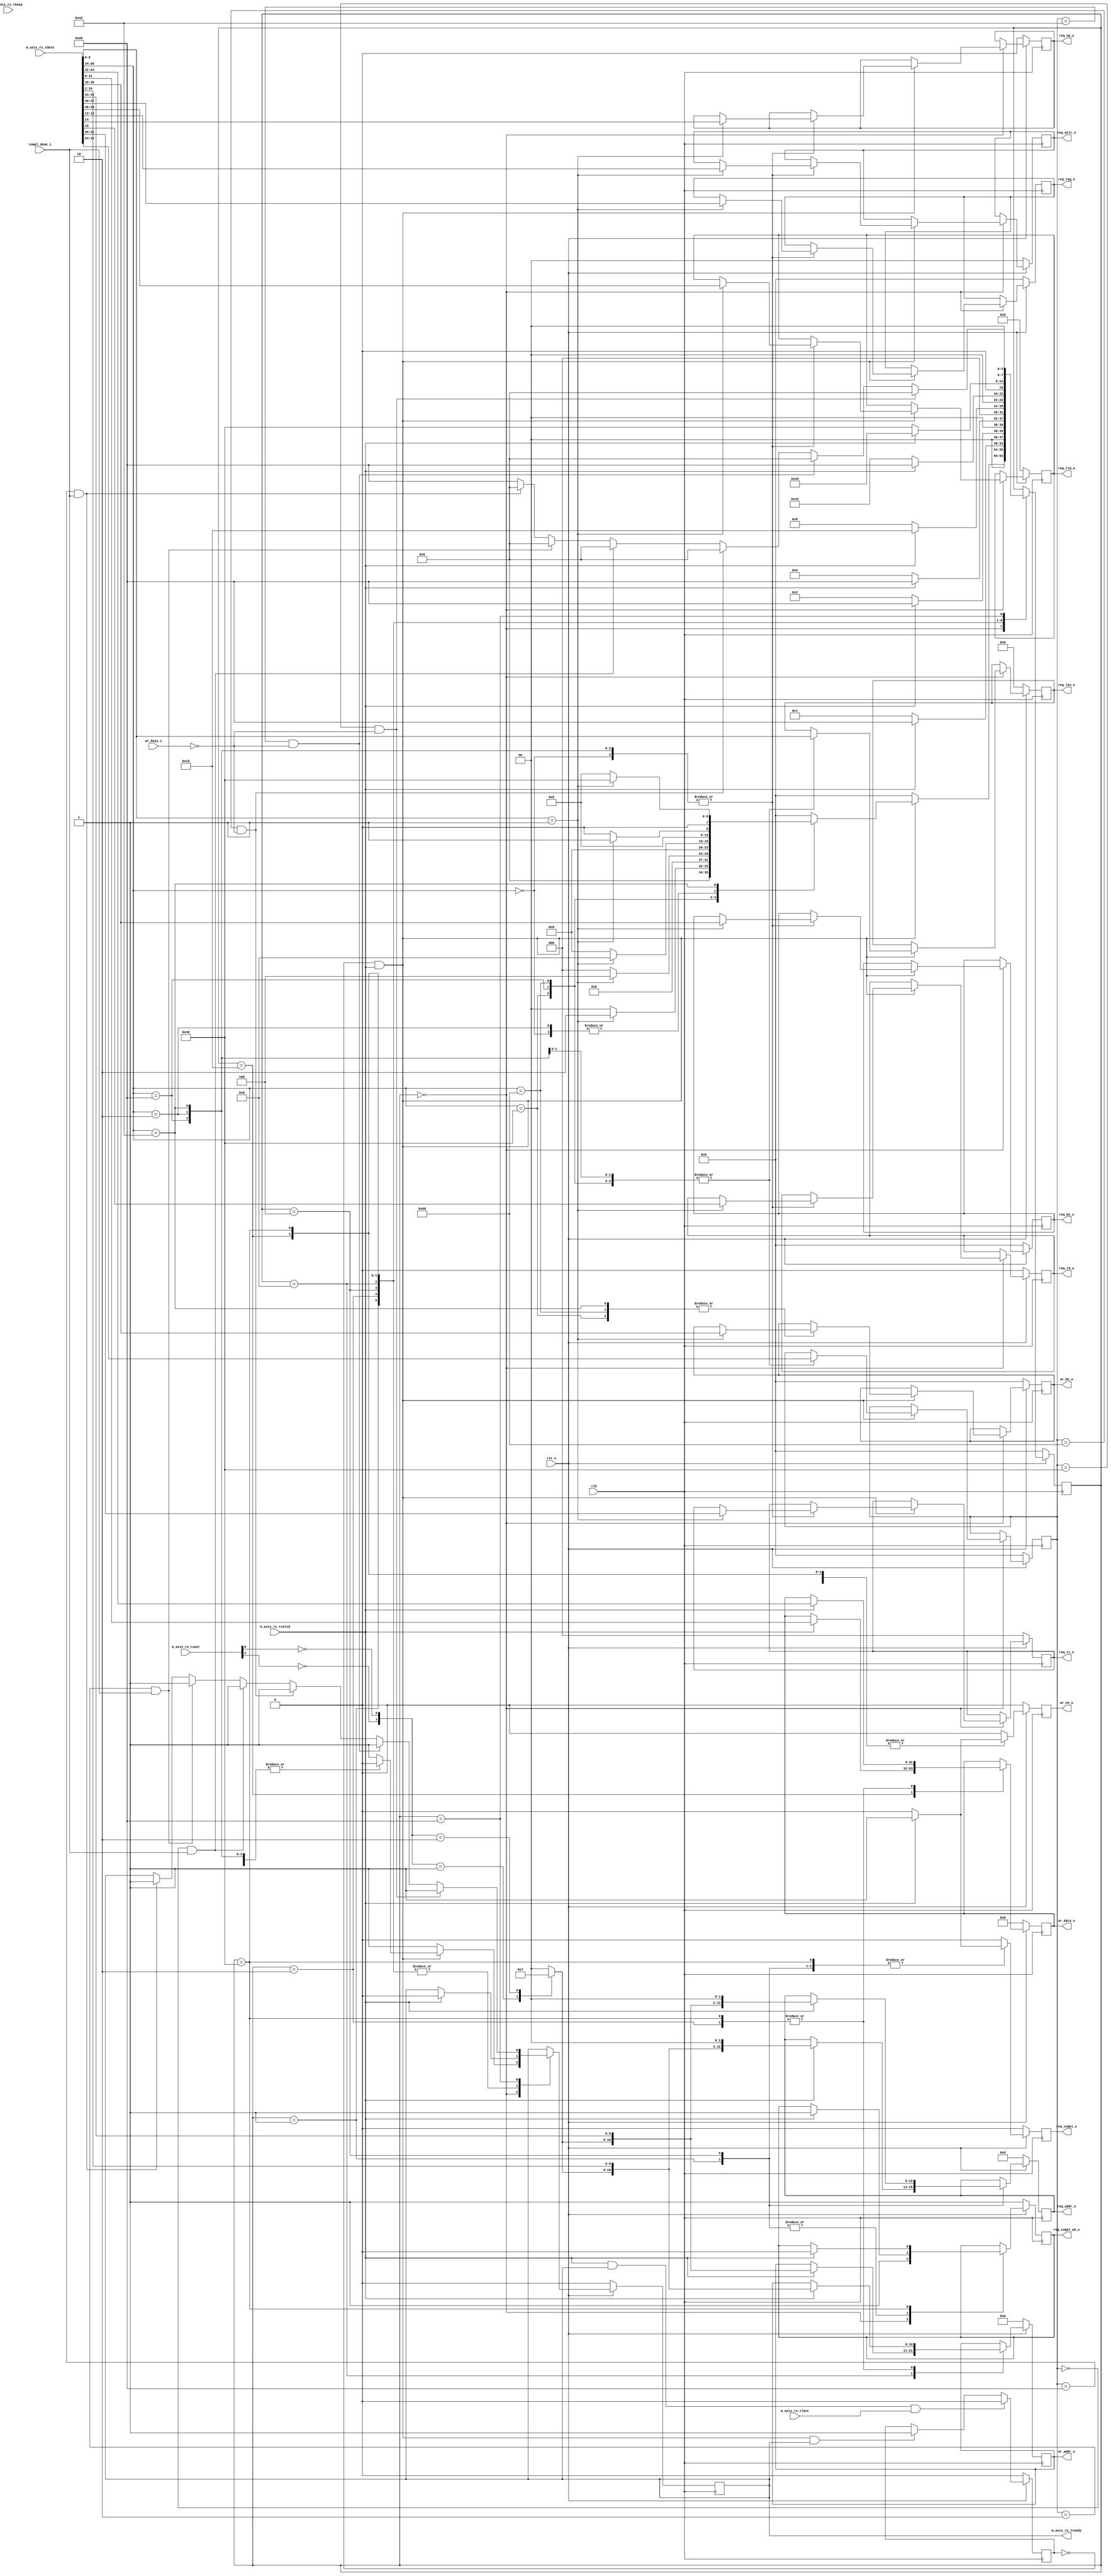
//-----------------------------------------------------------------------------
//
// (c) Copyright 2009-2011 Xilinx, Inc. All rights reserved.
//
// This file contains confidential and proprietary information
// of Xilinx, Inc. and is protected under U.S. and
// international copyright and other intellectual property
// laws.
//
// DISCLAIMER
// This disclaimer is not a license and does not grant any
// rights to the materials distributed herewith. Except as
// otherwise provided in a valid license issued to you by
// Xilinx, and to the maximum extent permitted by applicable
// law: (1) THESE MATERIALS ARE MADE AVAILABLE "AS IS" AND
// WITH ALL FAULTS, AND XILINX HEREBY DISCLAIMS ALL WARRANTIES
// AND CONDITIONS, EXPRESS, IMPLIED, OR STATUTORY, INCLUDING
// BUT NOT LIMITED TO WARRANTIES OF MERCHANTABILITY, NON-
// INFRINGEMENT, OR FITNESS FOR ANY PARTICULAR PURPOSE; and
// (2) Xilinx shall not be liable (whether in contract or tort,
// including negligence, or under any other theory of
// liability) for any loss or damage of any kind or nature
// related to, arising under or in connection with these
// materials, including for any direct, or any indirect,
// special, incidental, or consequential loss or damage
// (including loss of data, profits, goodwill, or any type of
// loss or damage suffered as a result of any action brought
// by a third party) even if such damage or loss was
// reasonably foreseeable or Xilinx had been advised of the
// possibility of the same.
//
// CRITICAL APPLICATIONS
// Xilinx products are not designed or intended to be fail-
// safe, or for use in any application requiring fail-safe
// performance, such as life-support or safety devices or
// systems, Class III medical devices, nuclear facilities,
// applications related to the deployment of airbags, or any
// other applications that could lead to death, personal
// injury, or severe property or environmental damage
// (individually and collectively, "Critical
// Applications"). Customer assumes the sole risk and
// liability of any use of Xilinx products in Critical
// Applications, subject only to applicable laws and
// regulations governing limitations on product liability.
//
// THIS COPYRIGHT NOTICE AND DISCLAIMER MUST BE RETAINED AS
// PART OF THIS FILE AT ALL TIMES.
//
//-----------------------------------------------------------------------------
// Project    : Virtex-6 Integrated Block for PCI Express
// Version    : 2.4
//--
//-- Description: 64 bit Local-Link Receive Unit.
//--
//--------------------------------------------------------------------------------

`timescale 1ns/1ns


module PIO_64_RX_ENGINE  #(
  parameter TCQ = 1,
  parameter C_DATA_WIDTH = 64,            // RX/TX interface data width

  // Do not override parameters below this line
  parameter KEEP_WIDTH = C_DATA_WIDTH / 8               // KEEP width
) (
  input                         clk,
  input                         rst_n,

  // AXI-S
  input  [C_DATA_WIDTH-1:0]     m_axis_rx_tdata,
  input  [KEEP_WIDTH-1:0]       m_axis_rx_tkeep,
  input                         m_axis_rx_tlast,
  input                         m_axis_rx_tvalid,
  output reg                    m_axis_rx_tready,
  input    [21:0]               m_axis_rx_tuser,

  /*
   * Memory Read data handshake with Completion
   * transmit unit. Transmit unit reponds to
   * req_compl assertion and responds with compl_done
   * assertion when a Completion w/ data is transmitted.
   */

  output reg         req_compl_o,
  output reg         req_compl_wd_o,
  input              compl_done_i,

  output reg [2:0]   req_tc_o,                        // Memory Read TC
  output reg         req_td_o,                        // Memory Read TD
  output reg         req_ep_o,                        // Memory Read EP
  output reg [1:0]   req_attr_o,                      // Memory Read Attribute
  output reg [9:0]   req_len_o,                       // Memory Read Length (1DW)
  output reg [15:0]  req_rid_o,                       // Memory Read Requestor ID
  output reg [7:0]   req_tag_o,                       // Memory Read Tag
  output reg [7:0]   req_be_o,                        // Memory Read Byte Enables
  output reg [12:0]  req_addr_o,                      // Memory Read Address

  /*
  * Memory interface used to save 1 DW data received
  * on Memory Write 32 TLP. Data extracted from
  * inbound TLP is presented to the Endpoint memory
  * unit. Endpoint memory unit reacts to wr_en_o
  * assertion and asserts wr_busy_i when it is
  * processing written information.
  */

  output reg [10:0]  wr_addr_o,                       // Memory Write Address
  output reg [7:0]   wr_be_o,                         // Memory Write Byte Enable
  output reg [31:0]  wr_data_o,                       // Memory Write Data
  output reg         wr_en_o,                         // Memory Write Enable
  input              wr_busy_i                        // Memory Write Busy
);

localparam PIO_64_RX_MEM_RD32_FMT_TYPE = 7'b00_00000;
localparam PIO_64_RX_MEM_WR32_FMT_TYPE = 7'b10_00000;
localparam PIO_64_RX_MEM_RD64_FMT_TYPE = 7'b01_00000;
localparam PIO_64_RX_MEM_WR64_FMT_TYPE = 7'b11_00000;
localparam PIO_64_RX_IO_RD32_FMT_TYPE  = 7'b00_00010;
localparam PIO_64_RX_IO_WR32_FMT_TYPE  = 7'b10_00010;

localparam PIO_64_RX_RST_STATE            = 8'b00000000;
localparam PIO_64_RX_MEM_RD32_DW1DW2      = 8'b00000001;
localparam PIO_64_RX_MEM_WR32_DW1DW2      = 8'b00000010;
localparam PIO_64_RX_MEM_RD64_DW1DW2      = 8'b00000100;
localparam PIO_64_RX_MEM_WR64_DW1DW2      = 8'b00001000;
localparam PIO_64_RX_MEM_WR64_DW3         = 8'b00010000;
localparam PIO_64_RX_WAIT_STATE           = 8'b00100000;
localparam PIO_64_RX_IO_WR_DW1DW2         = 8'b01000000;
localparam PIO_64_RX_IO_MEM_WR_WAIT_STATE = 8'b10000000;


    // Local Registers

    reg [7:0]          state;
    reg [7:0]          tlp_type;

    wire               io_bar_hit_n;
    wire               mem32_bar_hit_n;
    wire               mem64_bar_hit_n;
    wire               erom_bar_hit_n;

    reg [1:0]          region_select;

    wire               sop;                   // Start of packet
    reg                in_packet_q;

   // Generate a signal that indicates if we are currently receiving a packet.
   // This value is one clock cycle delayed from what is actually on the AXIS
   // data bus.
  always@(posedge clk)
    begin
      if(!rst_n)
        in_packet_q <= #   TCQ 1'b0;
      else if (m_axis_rx_tvalid && m_axis_rx_tready && m_axis_rx_tlast)
        in_packet_q <= #   TCQ 1'b0;
      else if (sop && m_axis_rx_tready)
        in_packet_q <= #   TCQ 1'b1;

    end

  assign sop = !in_packet_q && m_axis_rx_tvalid;

    always @ ( posedge clk ) begin

        if (!rst_n ) begin

          m_axis_rx_tready <= #TCQ 1'b0;

          req_compl_o    <= #TCQ 1'b0;
          req_compl_wd_o <= #TCQ 1'b1;

          req_tc_o       <= #TCQ 3'b0;
          req_td_o       <= #TCQ 1'b0;
          req_ep_o       <= #TCQ 1'b0;
          req_attr_o     <= #TCQ 2'b0;
          req_len_o      <= #TCQ 10'b0;
          req_rid_o      <= #TCQ 16'b0;
          req_tag_o      <= #TCQ 8'b0;
          req_be_o       <= #TCQ 8'b0;
          req_addr_o     <= #TCQ 13'b0;

          wr_be_o        <= #TCQ 8'b0;
          wr_addr_o      <= #TCQ 11'b0;
          wr_data_o      <= #TCQ 32'b0;
          wr_en_o        <= #TCQ 1'b0;

          state          <= #TCQ PIO_64_RX_RST_STATE;
          tlp_type       <= #TCQ 8'b0;

        end else begin

          wr_en_o        <= #TCQ 1'b0;
          req_compl_o    <= #TCQ 1'b0;

          case (state)

            PIO_64_RX_RST_STATE : begin

              m_axis_rx_tready <= #TCQ 1'b1;
              req_compl_wd_o   <= #TCQ 1'b1;


              if (sop) begin

                case (m_axis_rx_tdata[30:24])

                  PIO_64_RX_MEM_RD32_FMT_TYPE : begin

                    tlp_type     <= #TCQ m_axis_rx_tdata[31:24];
                    req_len_o    <= #TCQ m_axis_rx_tdata[9:0];
                    m_axis_rx_tready <= #TCQ 1'b0;


                    if (m_axis_rx_tdata[9:0] == 10'b1) begin

                      req_tc_o     <= #TCQ m_axis_rx_tdata[22:20];
                      req_td_o     <= #TCQ m_axis_rx_tdata[15];
                      req_ep_o     <= #TCQ m_axis_rx_tdata[14];
                      req_attr_o   <= #TCQ m_axis_rx_tdata[13:12];
                      req_len_o    <= #TCQ m_axis_rx_tdata[9:0];
                      req_rid_o    <= #TCQ m_axis_rx_tdata[63:48];
                      req_tag_o    <= #TCQ m_axis_rx_tdata[47:40];
                      req_be_o     <= #TCQ m_axis_rx_tdata[39:32];
                      state        <= #TCQ PIO_64_RX_MEM_RD32_DW1DW2;

                    end else begin

                      state        <= #TCQ PIO_64_RX_RST_STATE;

                    end

                  end

                  PIO_64_RX_MEM_WR32_FMT_TYPE : begin

                    tlp_type     <= #TCQ m_axis_rx_tdata[31:24];
                    req_len_o    <= #TCQ m_axis_rx_tdata[9:0];
                    m_axis_rx_tready <= #TCQ 1'b0;

                    if (m_axis_rx_tdata[9:0] == 10'b1) begin

                      wr_be_o      <= #TCQ m_axis_rx_tdata[39:32];
                      state        <= #TCQ PIO_64_RX_MEM_WR32_DW1DW2;

                    end else begin

                      state        <= #TCQ PIO_64_RX_RST_STATE;

                    end

                  end

                  PIO_64_RX_MEM_RD64_FMT_TYPE : begin

                    tlp_type     <= #TCQ m_axis_rx_tdata[31:24];
                    req_len_o    <= #TCQ m_axis_rx_tdata[9:0];
                    m_axis_rx_tready <= #TCQ 1'b0;


                    if (m_axis_rx_tdata[9:0] == 10'b1) begin

                      req_tc_o     <= #TCQ m_axis_rx_tdata[22:20];
                      req_td_o     <= #TCQ m_axis_rx_tdata[15];
                      req_ep_o     <= #TCQ m_axis_rx_tdata[14];
                      req_attr_o   <= #TCQ m_axis_rx_tdata[13:12];
                      req_len_o    <= #TCQ m_axis_rx_tdata[9:0];
                      req_rid_o    <= #TCQ m_axis_rx_tdata[63:48];
                      req_tag_o    <= #TCQ m_axis_rx_tdata[47:40];
                      req_be_o     <= #TCQ m_axis_rx_tdata[39:32];
                      state        <= #TCQ PIO_64_RX_MEM_RD64_DW1DW2;

                    end else begin

                      state        <= #TCQ PIO_64_RX_RST_STATE;

                    end

                  end

                  PIO_64_RX_MEM_WR64_FMT_TYPE : begin

                    tlp_type     <= #TCQ m_axis_rx_tdata[31:24];
                    req_len_o    <= #TCQ m_axis_rx_tdata[9:0];

                    if (m_axis_rx_tdata[9:0] == 10'b1) begin

                      wr_be_o      <= #TCQ m_axis_rx_tdata[39:32];
                      state        <= #TCQ PIO_64_RX_MEM_WR64_DW1DW2;

                    end else begin

                      state        <= #TCQ PIO_64_RX_RST_STATE;

                    end

                  end


                  PIO_64_RX_IO_RD32_FMT_TYPE : begin

                    tlp_type     <= #TCQ m_axis_rx_tdata[31:24];
                    req_len_o    <= #TCQ m_axis_rx_tdata[9:0];
                    m_axis_rx_tready <= #TCQ 1'b0;


                    if (m_axis_rx_tdata[9:0] == 10'b1) begin

                      req_tc_o     <= #TCQ m_axis_rx_tdata[22:20];
                      req_td_o     <= #TCQ m_axis_rx_tdata[15];
                      req_ep_o     <= #TCQ m_axis_rx_tdata[14];
                      req_attr_o   <= #TCQ m_axis_rx_tdata[13:12];
                      req_len_o    <= #TCQ m_axis_rx_tdata[9:0];
                      req_rid_o    <= #TCQ m_axis_rx_tdata[63:48];
                      req_tag_o    <= #TCQ m_axis_rx_tdata[47:40];
                      req_be_o     <= #TCQ m_axis_rx_tdata[39:32];
                      state        <= #TCQ PIO_64_RX_MEM_RD32_DW1DW2;

                    end else begin

                      state        <= #TCQ PIO_64_RX_RST_STATE;

                    end

                  end

                  PIO_64_RX_IO_WR32_FMT_TYPE : begin

                    tlp_type     <= #TCQ m_axis_rx_tdata[31:24];
                    req_len_o    <= #TCQ m_axis_rx_tdata[9:0];
                    m_axis_rx_tready <= #TCQ 1'b0;

                    if (m_axis_rx_tdata[9:0] == 10'b1) begin

                      req_tc_o     <= #TCQ m_axis_rx_tdata[22:20];
                      req_td_o     <= #TCQ m_axis_rx_tdata[15];
                      req_ep_o     <= #TCQ m_axis_rx_tdata[14];
                      req_attr_o   <= #TCQ m_axis_rx_tdata[13:12];
                      req_len_o    <= #TCQ m_axis_rx_tdata[9:0];
                      req_rid_o    <= #TCQ m_axis_rx_tdata[63:48];
                      req_tag_o    <= #TCQ m_axis_rx_tdata[47:40];
                      req_be_o     <= #TCQ m_axis_rx_tdata[39:32];
                      wr_be_o      <= #TCQ m_axis_rx_tdata[39:32];
                      state        <= #TCQ PIO_64_RX_IO_WR_DW1DW2;

                    end else begin

                      state        <= #TCQ PIO_64_RX_RST_STATE;

                    end

                  end


                  default : begin // other TLPs

                    state        <= #TCQ PIO_64_RX_RST_STATE;

                  end

                endcase

              end else
                state <= #TCQ PIO_64_RX_RST_STATE;

            end

            PIO_64_RX_MEM_RD32_DW1DW2 : begin

              if (m_axis_rx_tvalid) begin

                m_axis_rx_tready <= #TCQ 1'b0;
                req_addr_o   <= #TCQ {region_select[1:0],m_axis_rx_tdata[10:2], 2'b00};
                req_compl_o  <= #TCQ 1'b1;
                req_compl_wd_o <= #TCQ 1'b1;
                state        <= #TCQ PIO_64_RX_WAIT_STATE;

              end else
                state        <= #TCQ PIO_64_RX_MEM_RD32_DW1DW2;

            end


            PIO_64_RX_MEM_WR32_DW1DW2 : begin

              if (m_axis_rx_tvalid) begin

                wr_data_o      <= #TCQ m_axis_rx_tdata[63:32];
                wr_en_o        <= #TCQ 1'b1;
                m_axis_rx_tready <= #TCQ 1'b0;
                wr_addr_o      <= #TCQ {region_select[1:0],m_axis_rx_tdata[10:2]};
                state          <= #TCQ  PIO_64_RX_WAIT_STATE;

              end else
                state          <= #TCQ PIO_64_RX_MEM_WR32_DW1DW2;

            end


            PIO_64_RX_MEM_RD64_DW1DW2 : begin

              if (m_axis_rx_tvalid) begin

                req_addr_o   <= #TCQ {region_select[1:0],m_axis_rx_tdata[42:34], 2'b00};
                req_compl_o  <= #TCQ 1'b1;
                req_compl_wd_o <= #TCQ 1'b1;
                m_axis_rx_tready <= #TCQ 1'b0;
                state        <= #TCQ PIO_64_RX_WAIT_STATE;

              end else
                state        <= #TCQ PIO_64_RX_MEM_RD64_DW1DW2;

            end



            PIO_64_RX_MEM_WR64_DW1DW2 : begin

              if (m_axis_rx_tvalid) begin

                m_axis_rx_tready <= #TCQ 1'b0;
                wr_addr_o      <= #TCQ {region_select[1:0],m_axis_rx_tdata[42:34]};
                state          <= #TCQ  PIO_64_RX_MEM_WR64_DW3;

              end else
                state          <= #TCQ PIO_64_RX_MEM_WR64_DW1DW2;

            end


            PIO_64_RX_MEM_WR64_DW3 : begin

              if (m_axis_rx_tvalid) begin

                wr_data_o      <= #TCQ m_axis_rx_tdata[31:0];
                wr_en_o        <= #TCQ 1'b1;
                m_axis_rx_tready <= #TCQ 1'b0;
                state        <= #TCQ PIO_64_RX_WAIT_STATE;

              end else
                 state        <= #TCQ PIO_64_RX_MEM_WR64_DW3;

            end


            PIO_64_RX_IO_WR_DW1DW2 : begin

              if (m_axis_rx_tvalid) begin

                wr_data_o         <= #TCQ m_axis_rx_tdata[63:32];
                wr_en_o           <= #TCQ 1'b1;
                m_axis_rx_tready  <= #TCQ 1'b0;
                wr_addr_o         <= #TCQ {region_select[1:0],m_axis_rx_tdata[10:2]};
                req_compl_o       <= #TCQ 1'b1;
                req_compl_wd_o    <= #TCQ 1'b0;
                state             <= #TCQ  PIO_64_RX_WAIT_STATE;

              end else
                state             <= #TCQ PIO_64_RX_IO_WR_DW1DW2;
            end

            PIO_64_RX_WAIT_STATE : begin

              wr_en_o      <= #TCQ 1'b0;
              req_compl_o  <= #TCQ 1'b0;

              if ((tlp_type == PIO_64_RX_MEM_WR32_FMT_TYPE) &&
                  (!wr_busy_i)) begin

                m_axis_rx_tready <= #TCQ 1'b1;
                state        <= #TCQ PIO_64_RX_RST_STATE;

             end else if ((tlp_type == PIO_64_RX_IO_WR32_FMT_TYPE) &&
                  (!wr_busy_i)) begin

                m_axis_rx_tready <= #TCQ 1'b1;
                state        <= #TCQ PIO_64_RX_RST_STATE;

              end else if ((tlp_type == PIO_64_RX_MEM_WR64_FMT_TYPE) &&
                  (!wr_busy_i)) begin

                m_axis_rx_tready <= #TCQ 1'b1;
                state        <= #TCQ PIO_64_RX_RST_STATE;

              end else if ((tlp_type == PIO_64_RX_MEM_RD32_FMT_TYPE) &&
                           (compl_done_i)) begin

                m_axis_rx_tready <= #TCQ 1'b1;
                state        <= #TCQ PIO_64_RX_RST_STATE;

              end else if ((tlp_type == PIO_64_RX_IO_RD32_FMT_TYPE) &&
                           (compl_done_i)) begin

                m_axis_rx_tready <= #TCQ 1'b1;
                state        <= #TCQ PIO_64_RX_RST_STATE;

              end else if ((tlp_type == PIO_64_RX_MEM_RD64_FMT_TYPE) &&
                           (compl_done_i)) begin

                m_axis_rx_tready <= #TCQ 1'b1;
                state        <= #TCQ PIO_64_RX_RST_STATE;

              end else
                state        <= #TCQ PIO_64_RX_WAIT_STATE;

            end

          endcase

        end

    end

    assign mem64_bar_hit_n = 1'b1;
    assign io_bar_hit_n = 1'b1;
    assign mem32_bar_hit_n = ~m_axis_rx_tuser[2];
    assign erom_bar_hit_n  = !m_axis_rx_tuser[8];



  always @*
  begin
     case ({io_bar_hit_n, mem32_bar_hit_n, mem64_bar_hit_n, erom_bar_hit_n})

        4'b0111 : begin
             region_select <= #TCQ 2'b00;    // Select IO region
        end

        4'b1011 : begin
             region_select <= #TCQ 2'b01;    // Select Mem32 region
        end

        4'b1101 : begin
             region_select <= #TCQ 2'b10;    // Select Mem64 region
        end

        4'b1110 : begin
             region_select <= #TCQ 2'b11;    // Select EROM region
        end

        default : begin
             region_select <= #TCQ 2'b00;    // Error selection will select IO region
        end

     endcase

  end


  // synthesis translate_off
  reg  [8*20:1] state_ascii;
  always @(state)
  begin
    case (state)
      PIO_64_RX_RST_STATE             : state_ascii <= #TCQ "RX_RST_STATE";
      PIO_64_RX_MEM_RD32_DW1DW2       : state_ascii <= #TCQ "RX_MEM_RD32_DW1DW2";
      PIO_64_RX_MEM_WR32_DW1DW2       : state_ascii <= #TCQ "RX_MEM_WR32_DW1DW2";
      PIO_64_RX_MEM_RD64_DW1DW2       : state_ascii <= #TCQ "RX_MEM_RD64_DW1DW2";
      PIO_64_RX_MEM_WR64_DW1DW2       : state_ascii <= #TCQ "RX_MEM_WR64_DW1DW2";
      PIO_64_RX_MEM_WR64_DW3          : state_ascii <= #TCQ "RX_MEM_WR64_DW3";
      PIO_64_RX_WAIT_STATE            : state_ascii <= #TCQ "RX_WAIT_STATE";
      PIO_64_RX_IO_WR_DW1DW2          : state_ascii <= #TCQ "PIO_64_RX_IO_WR_DW1DW2";
      PIO_64_RX_IO_MEM_WR_WAIT_STATE  : state_ascii <= #TCQ "PIO_64_RX_IO_MEM_WR_WAIT_STATE";
      default                         : state_ascii <= #TCQ "PIO 64 STATE ERR";

    endcase
  end
  // synthesis translate_on






endmodule // PIO_64_RX_ENGINE